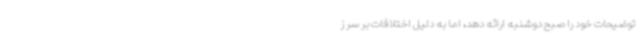
توضیحات خود را صبح دوشنبه ارائه دهد، اما به دلیل اختلافات بر سر ز